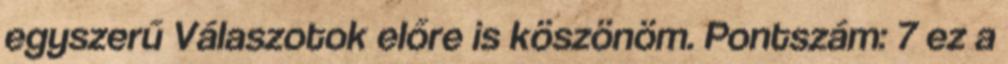
egyszerű Válaszotok előre is köszönöm. Pontszám: 7 ez a